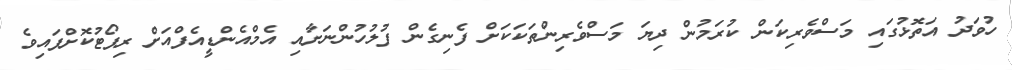
ހުވަދު އަތޮޅުގައި މަސްވެރިކަން ކުރަމުން ދިޔަ މަސްވެރިންތަކަކަށް ފެނިގެން ފުލުހުންނަށާއި އެމްއެންޑީއެފްއަށް ރިޕޯޓުކޮށްފައިވެ